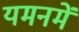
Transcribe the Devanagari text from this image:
यमनमें